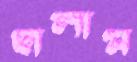
ছালাম